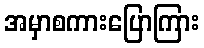
အမှာစကားပြောကြား